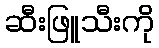
ဆီးဖြူသီးကို